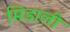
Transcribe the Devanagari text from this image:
मिडाली